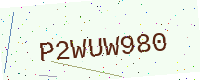
Text: P2WUW980